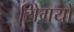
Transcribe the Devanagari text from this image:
रोिगयों